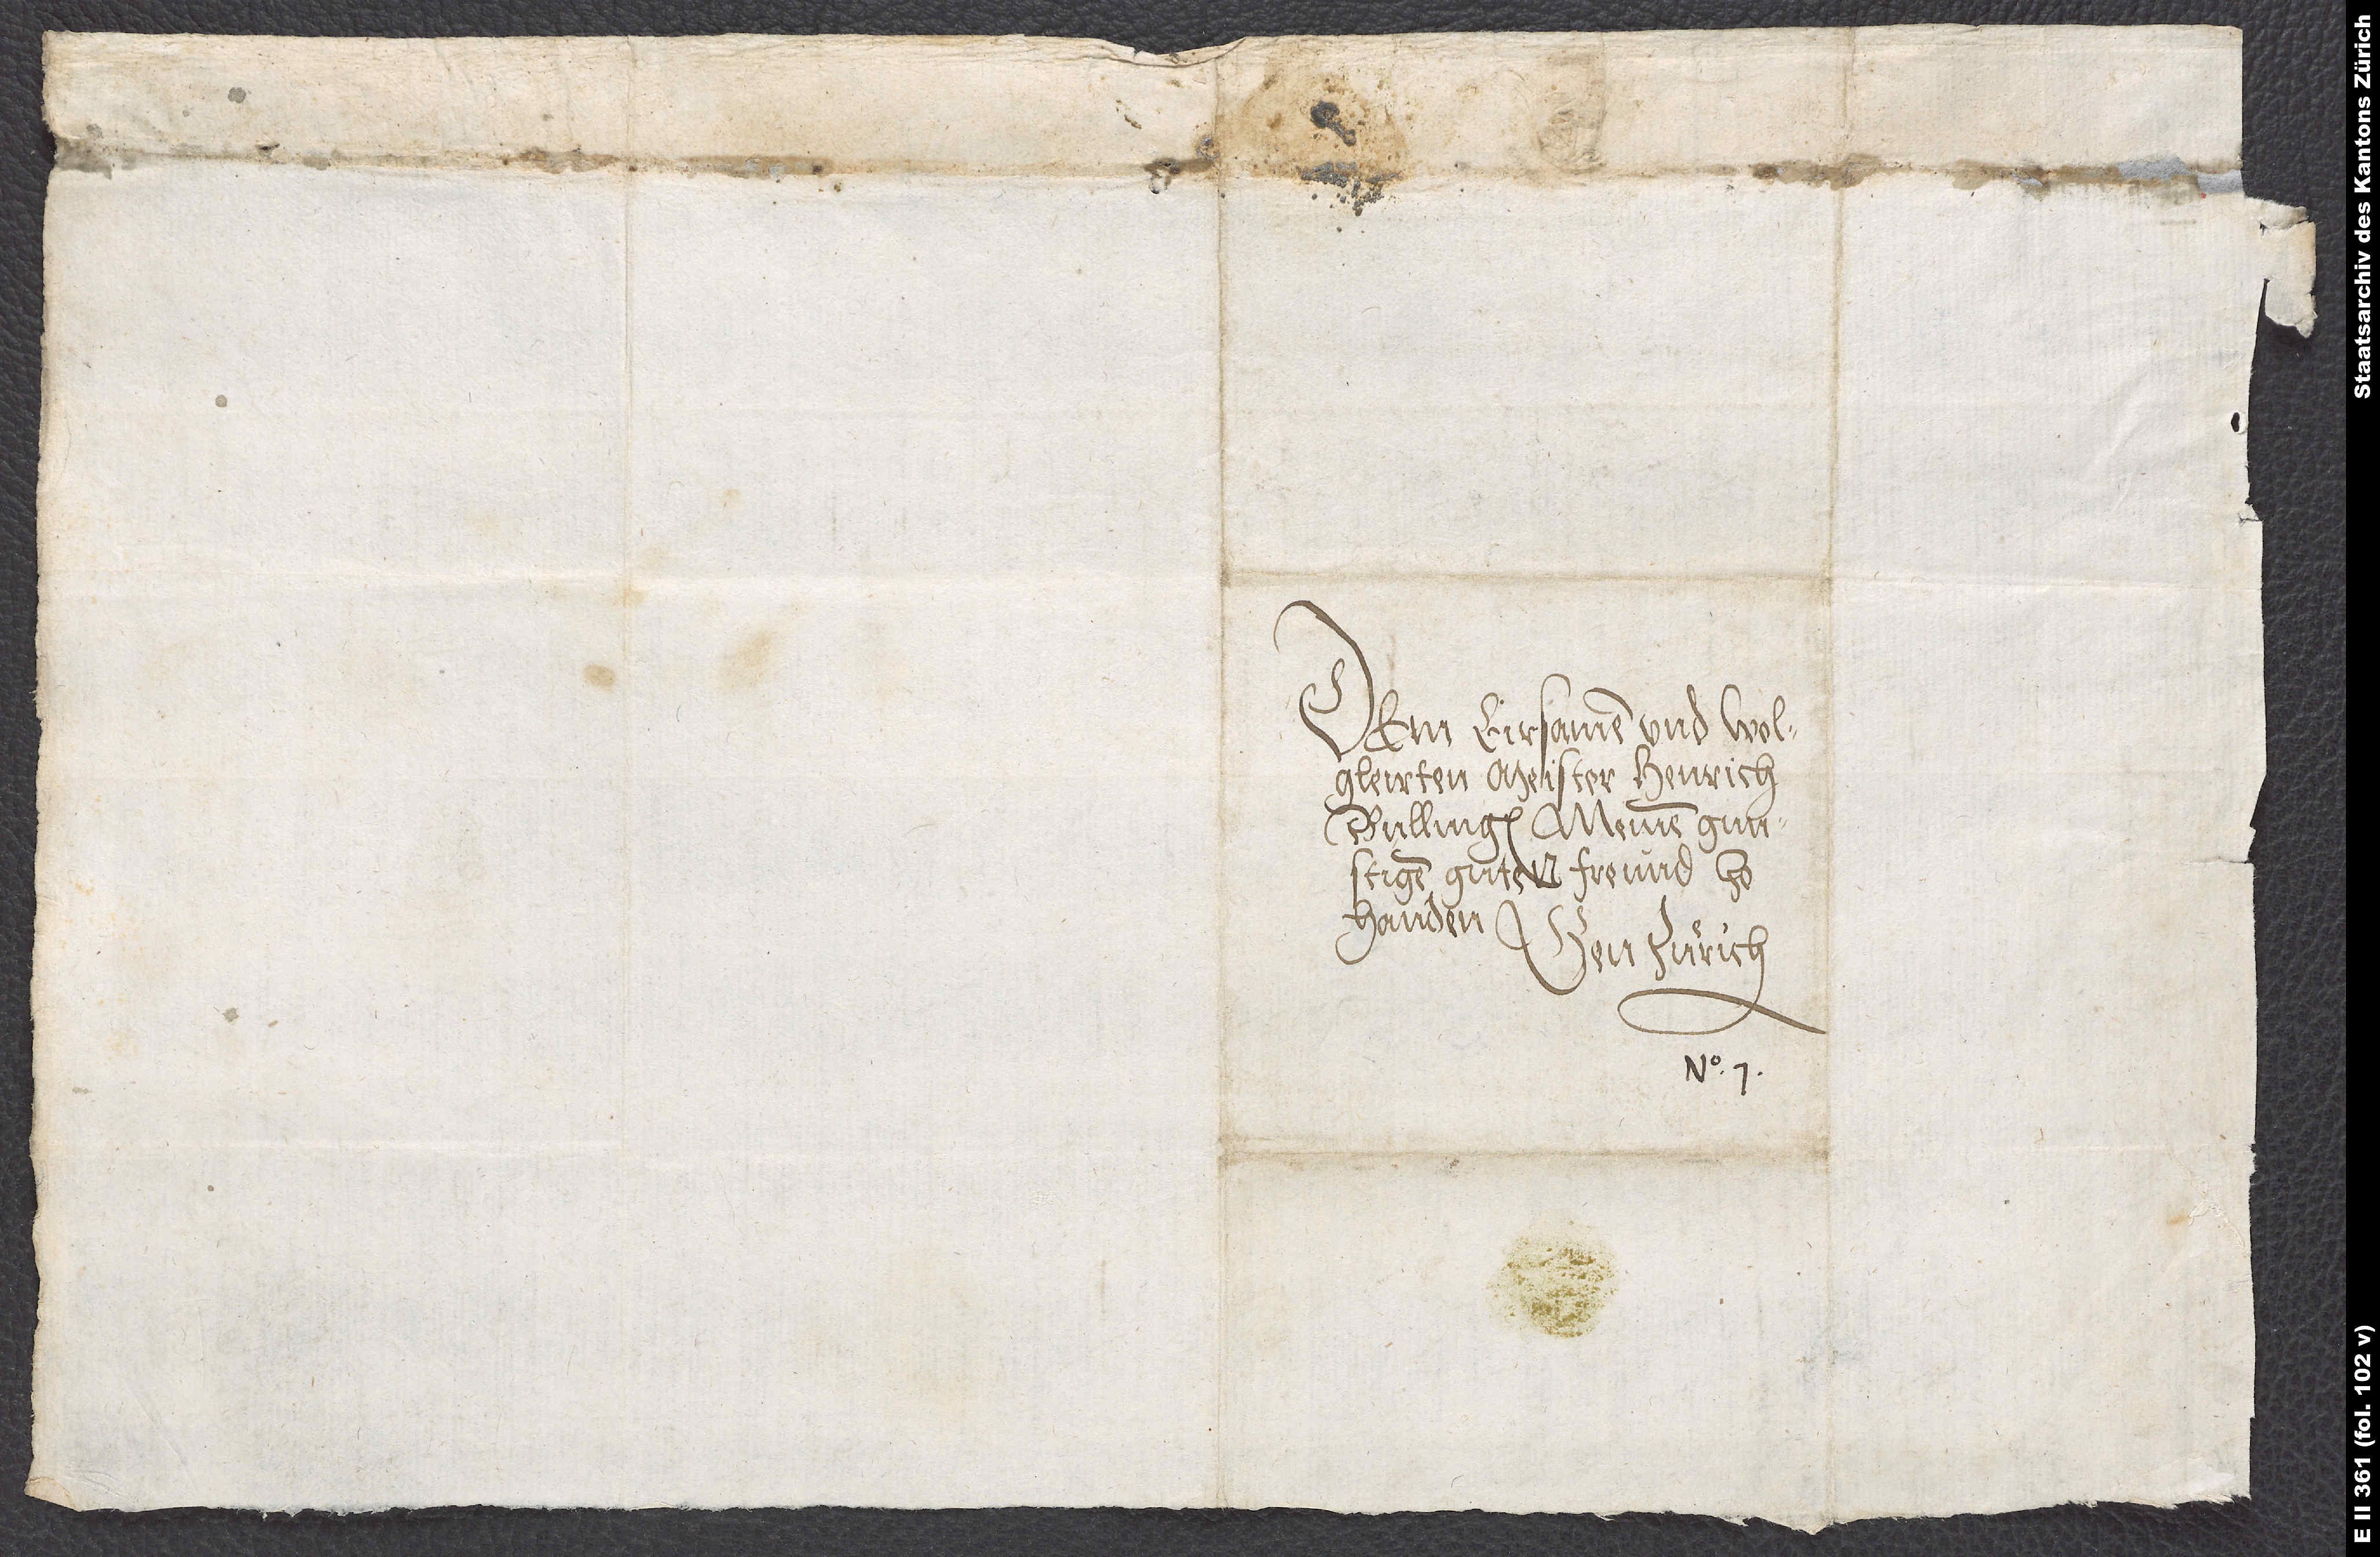
Dem eirsamen und wolgleirten
Meister Henrich
Bullinger, meinem gunstigen
handen.
Gen Zuͤrich.